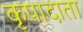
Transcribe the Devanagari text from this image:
कृपादाता